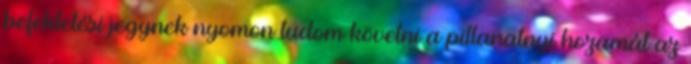
befektetési jegynek nyomon tudom követni a pillanatnyi hozamát az